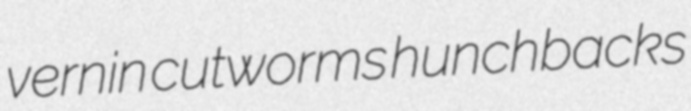
vernin cutworms hunchbacks